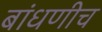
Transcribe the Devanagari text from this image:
बांधणीच